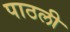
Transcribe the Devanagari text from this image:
पाठली